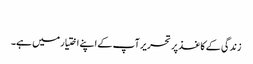
​
زندگی کے کاغذ پر تحریر آپ کے اپنے اختیار میں ہے۔